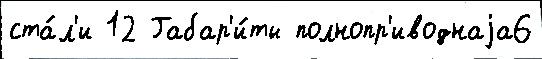
ста́л'и 12 Габар'и́ты полнопр'иводнаjа6